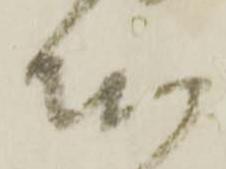
本